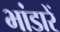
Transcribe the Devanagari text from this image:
भांडारें